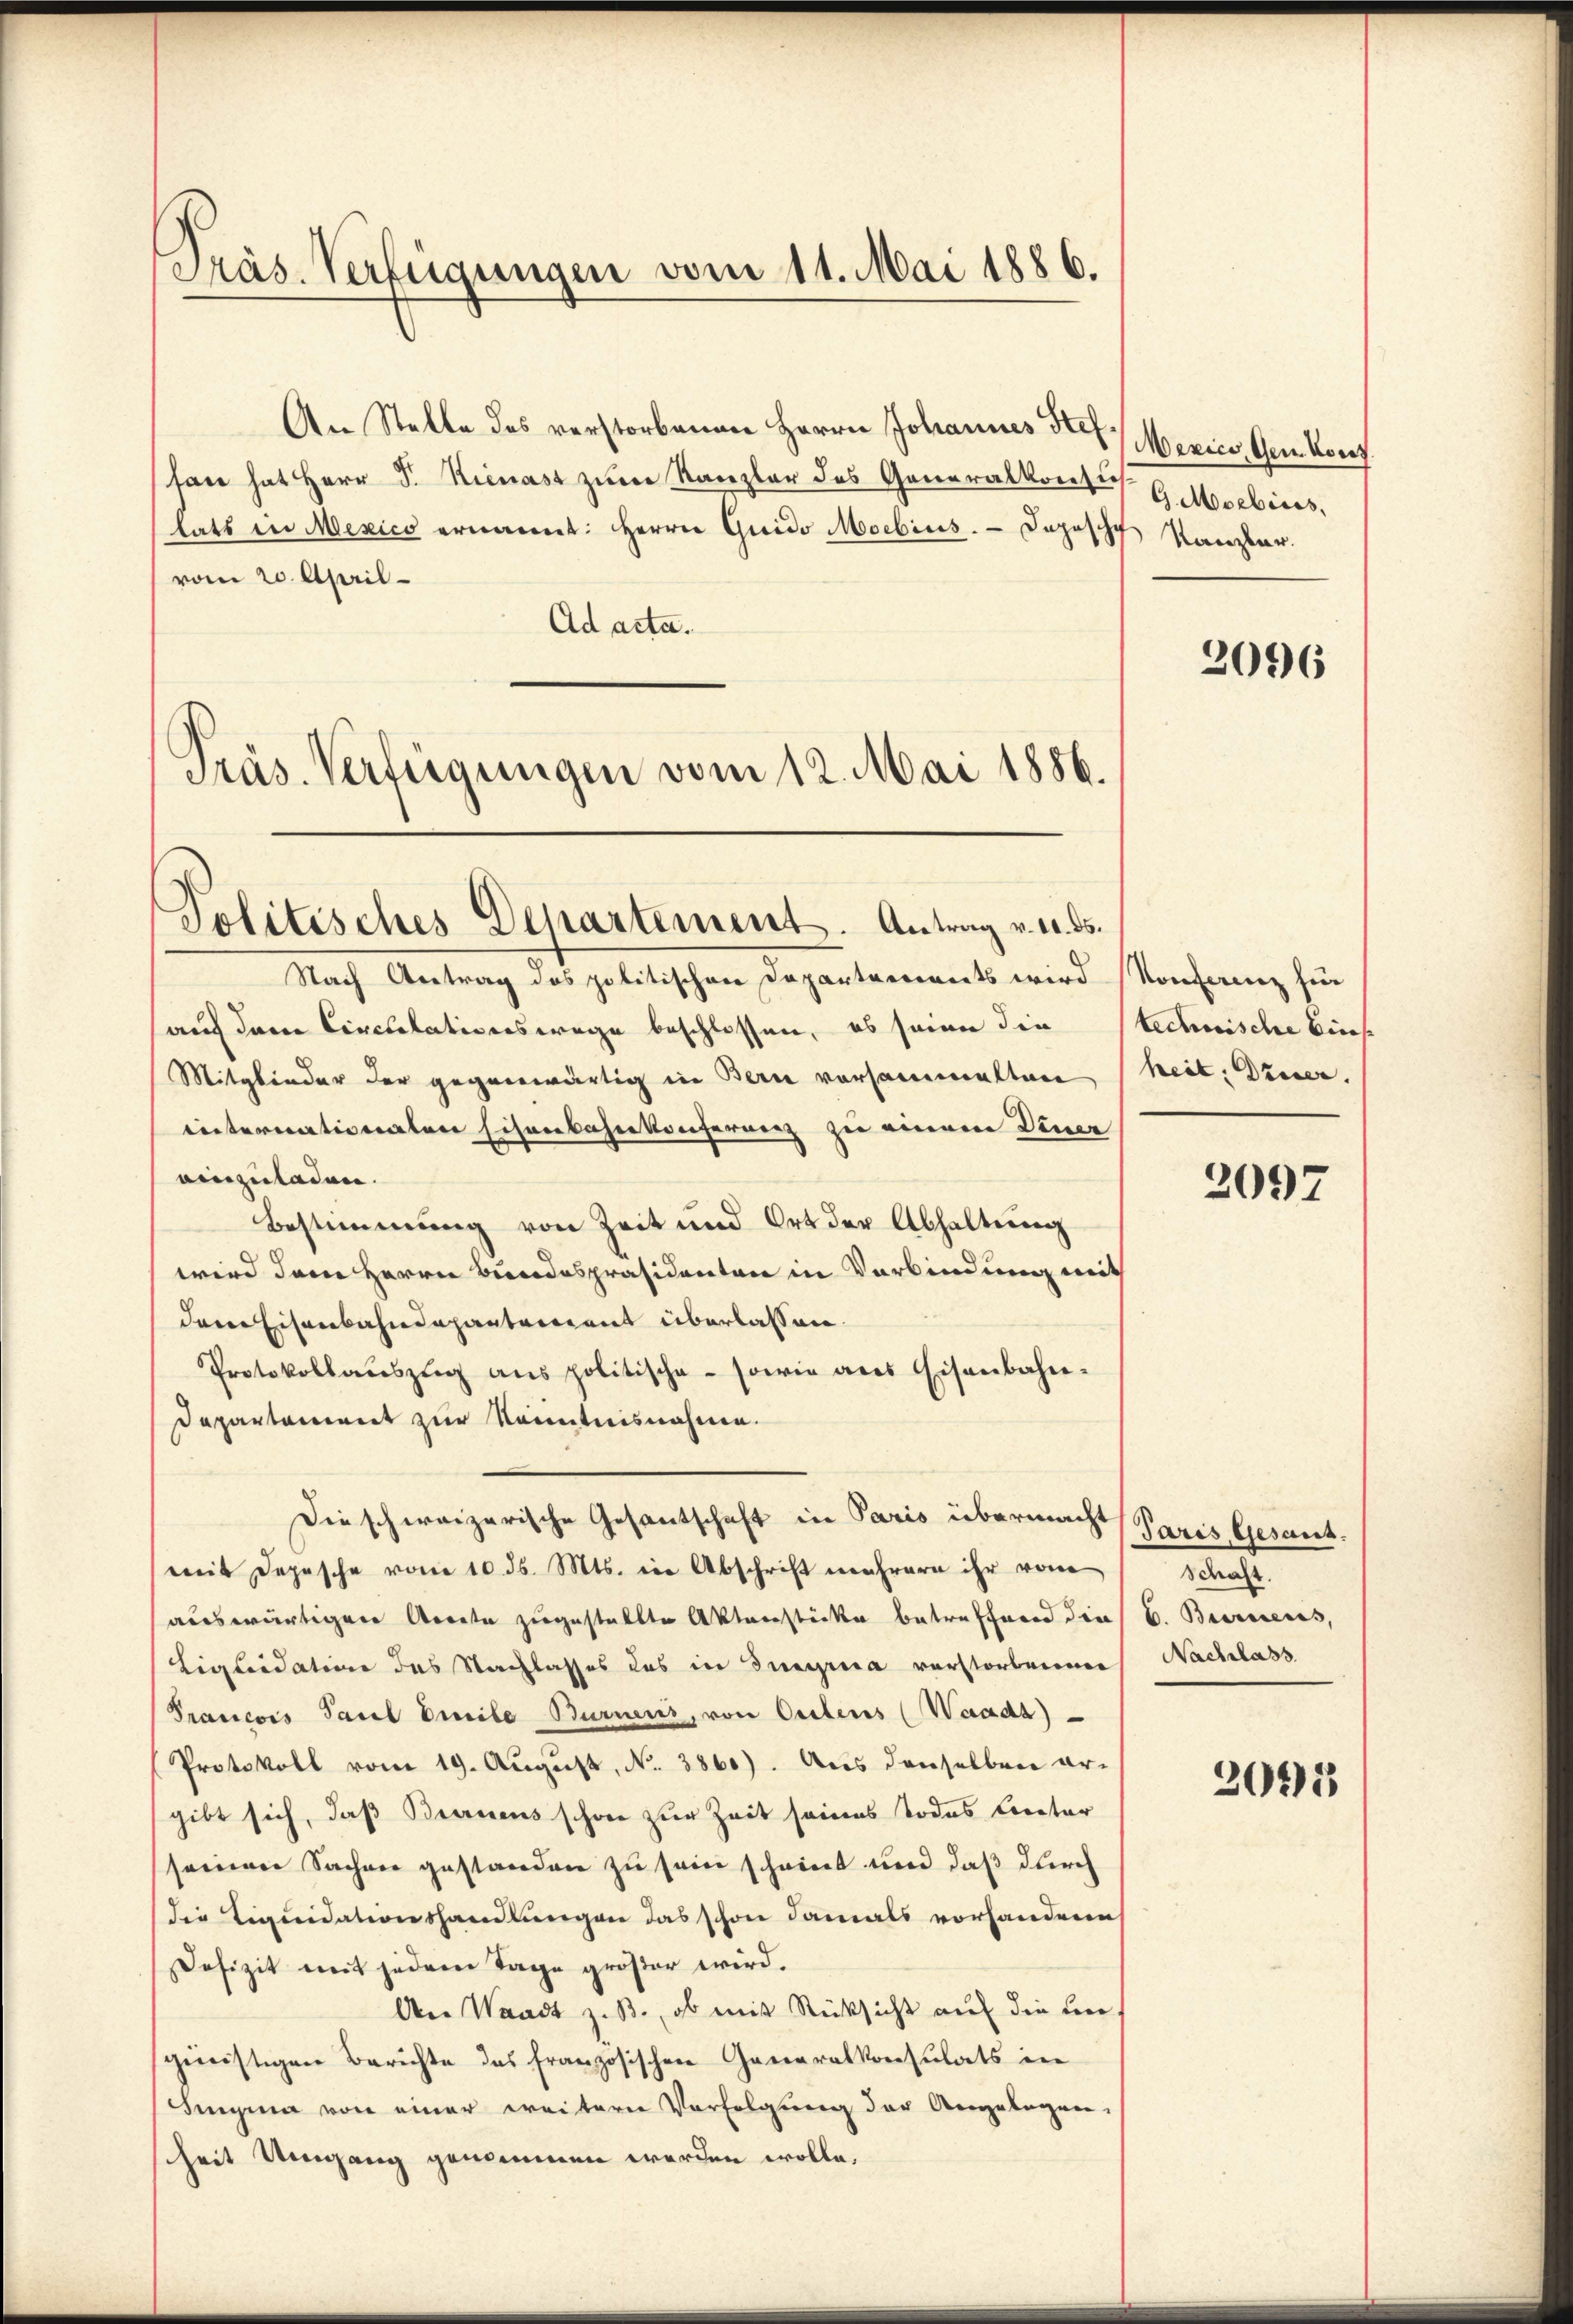
Präs. Verfügungen vom 11. Mai 1886.

An Stelle des verstorbenen Herrn Johannes St. Meries, Genkonf
tan hat Herr P. Kienast zum Kanzler des Generalkonsus.
hatt in Mexico ernannt: Herrn Guido Moebins. Depesche Kanzler.
vom 20. April
Ad acta.
Präs. Verfügungen vom 12. Mai 1886.

Politisches Departement. Antrag v. 11. ds.

G. Moebius,

Nach Antrag des politischen Departerrents wird Konferenz für
auf den Circulationswege beschlossen, es seiner die
Mitglieder der gegenwärtig in Bern vorsammelten
einternationalen Eisenbahnkonferenz zu einem Diner
einzuladen.
Bestimmung von Zeit und Ort der Abhaltung
wird dem Herrn Bundespräsidenten in Verbindung mit
dem Eisenbahndepartement überlassen.
Protokollaŭszŭg ans politische - sowie aus Eisenbahn-
Departariert zur Kenntnisnahmen.
Die schweizerische Gesantschaft in Paris übermacht Paris Gesuch.
mit Depesche vom 10. d. Mts. in Abschrift mehrern ihr vom
auswärtigen Arrete zugestellte Aktenstücke betreffend die
Liquidation des Nachlasses das in Jungenia verstorbenen
Prancois Paul Peile Burners, von Ortens (Waaas)
Protokoll vom 19. August, No. 3860). Aus denselben ergibt sich, daß Beerdiens schon zur Zeit seines Todes Crector
seinen Sachen gestanden zu sein scheint und daß durch
die Liquidationshandlungen das schon damals vorhandern
Defizit mit jedem Tage größer wird.
An Waadt z. B., ob mit Rücksicht auf die un
günstigen Berichte das französischen Generalkonsulats in
Singina von einer weitern Verfolgung der Angelegen.
heit Umgang genommen werden wolle.

2096

technische Biese
heit: Dieser.

2097

schaft.
C. Berneues,
Nachlass

2015